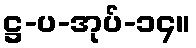
ဋ္ဌ-ပ-အုပ်-၁၄။